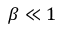
\beta \ll 1